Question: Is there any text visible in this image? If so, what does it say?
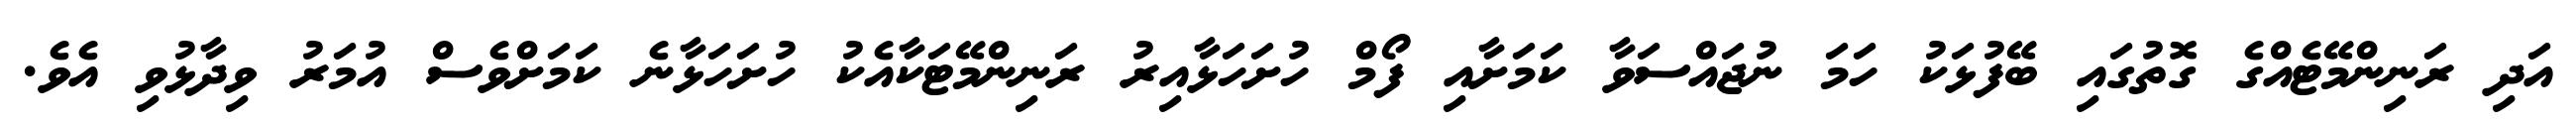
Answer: އަދި ރަނިންމޭޓެއްގެ ގޮތުގައި ބޭފުޅަކު ހަމަ ނުޖައްސަވާ ކަމަށާއި ފޯމް ހުށަހަޅާއިރު ރަނިންމޭޓަކާއެކު ހުށަހަޅާނެ ކަމަށްވެސް އުމަރު ވިދާޅުވި އެވެ.